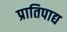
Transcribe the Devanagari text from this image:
प्रातिपाद्य